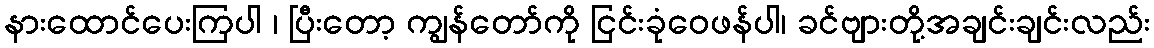
နားထောင်ပေးကြပါ ၊ ပြီးတော့ ကျွန်တော်ကို ငြင်းခုံဝေဖန်ပါ၊ ခင်ဗျားတို့အချင်းချင်းလည်း